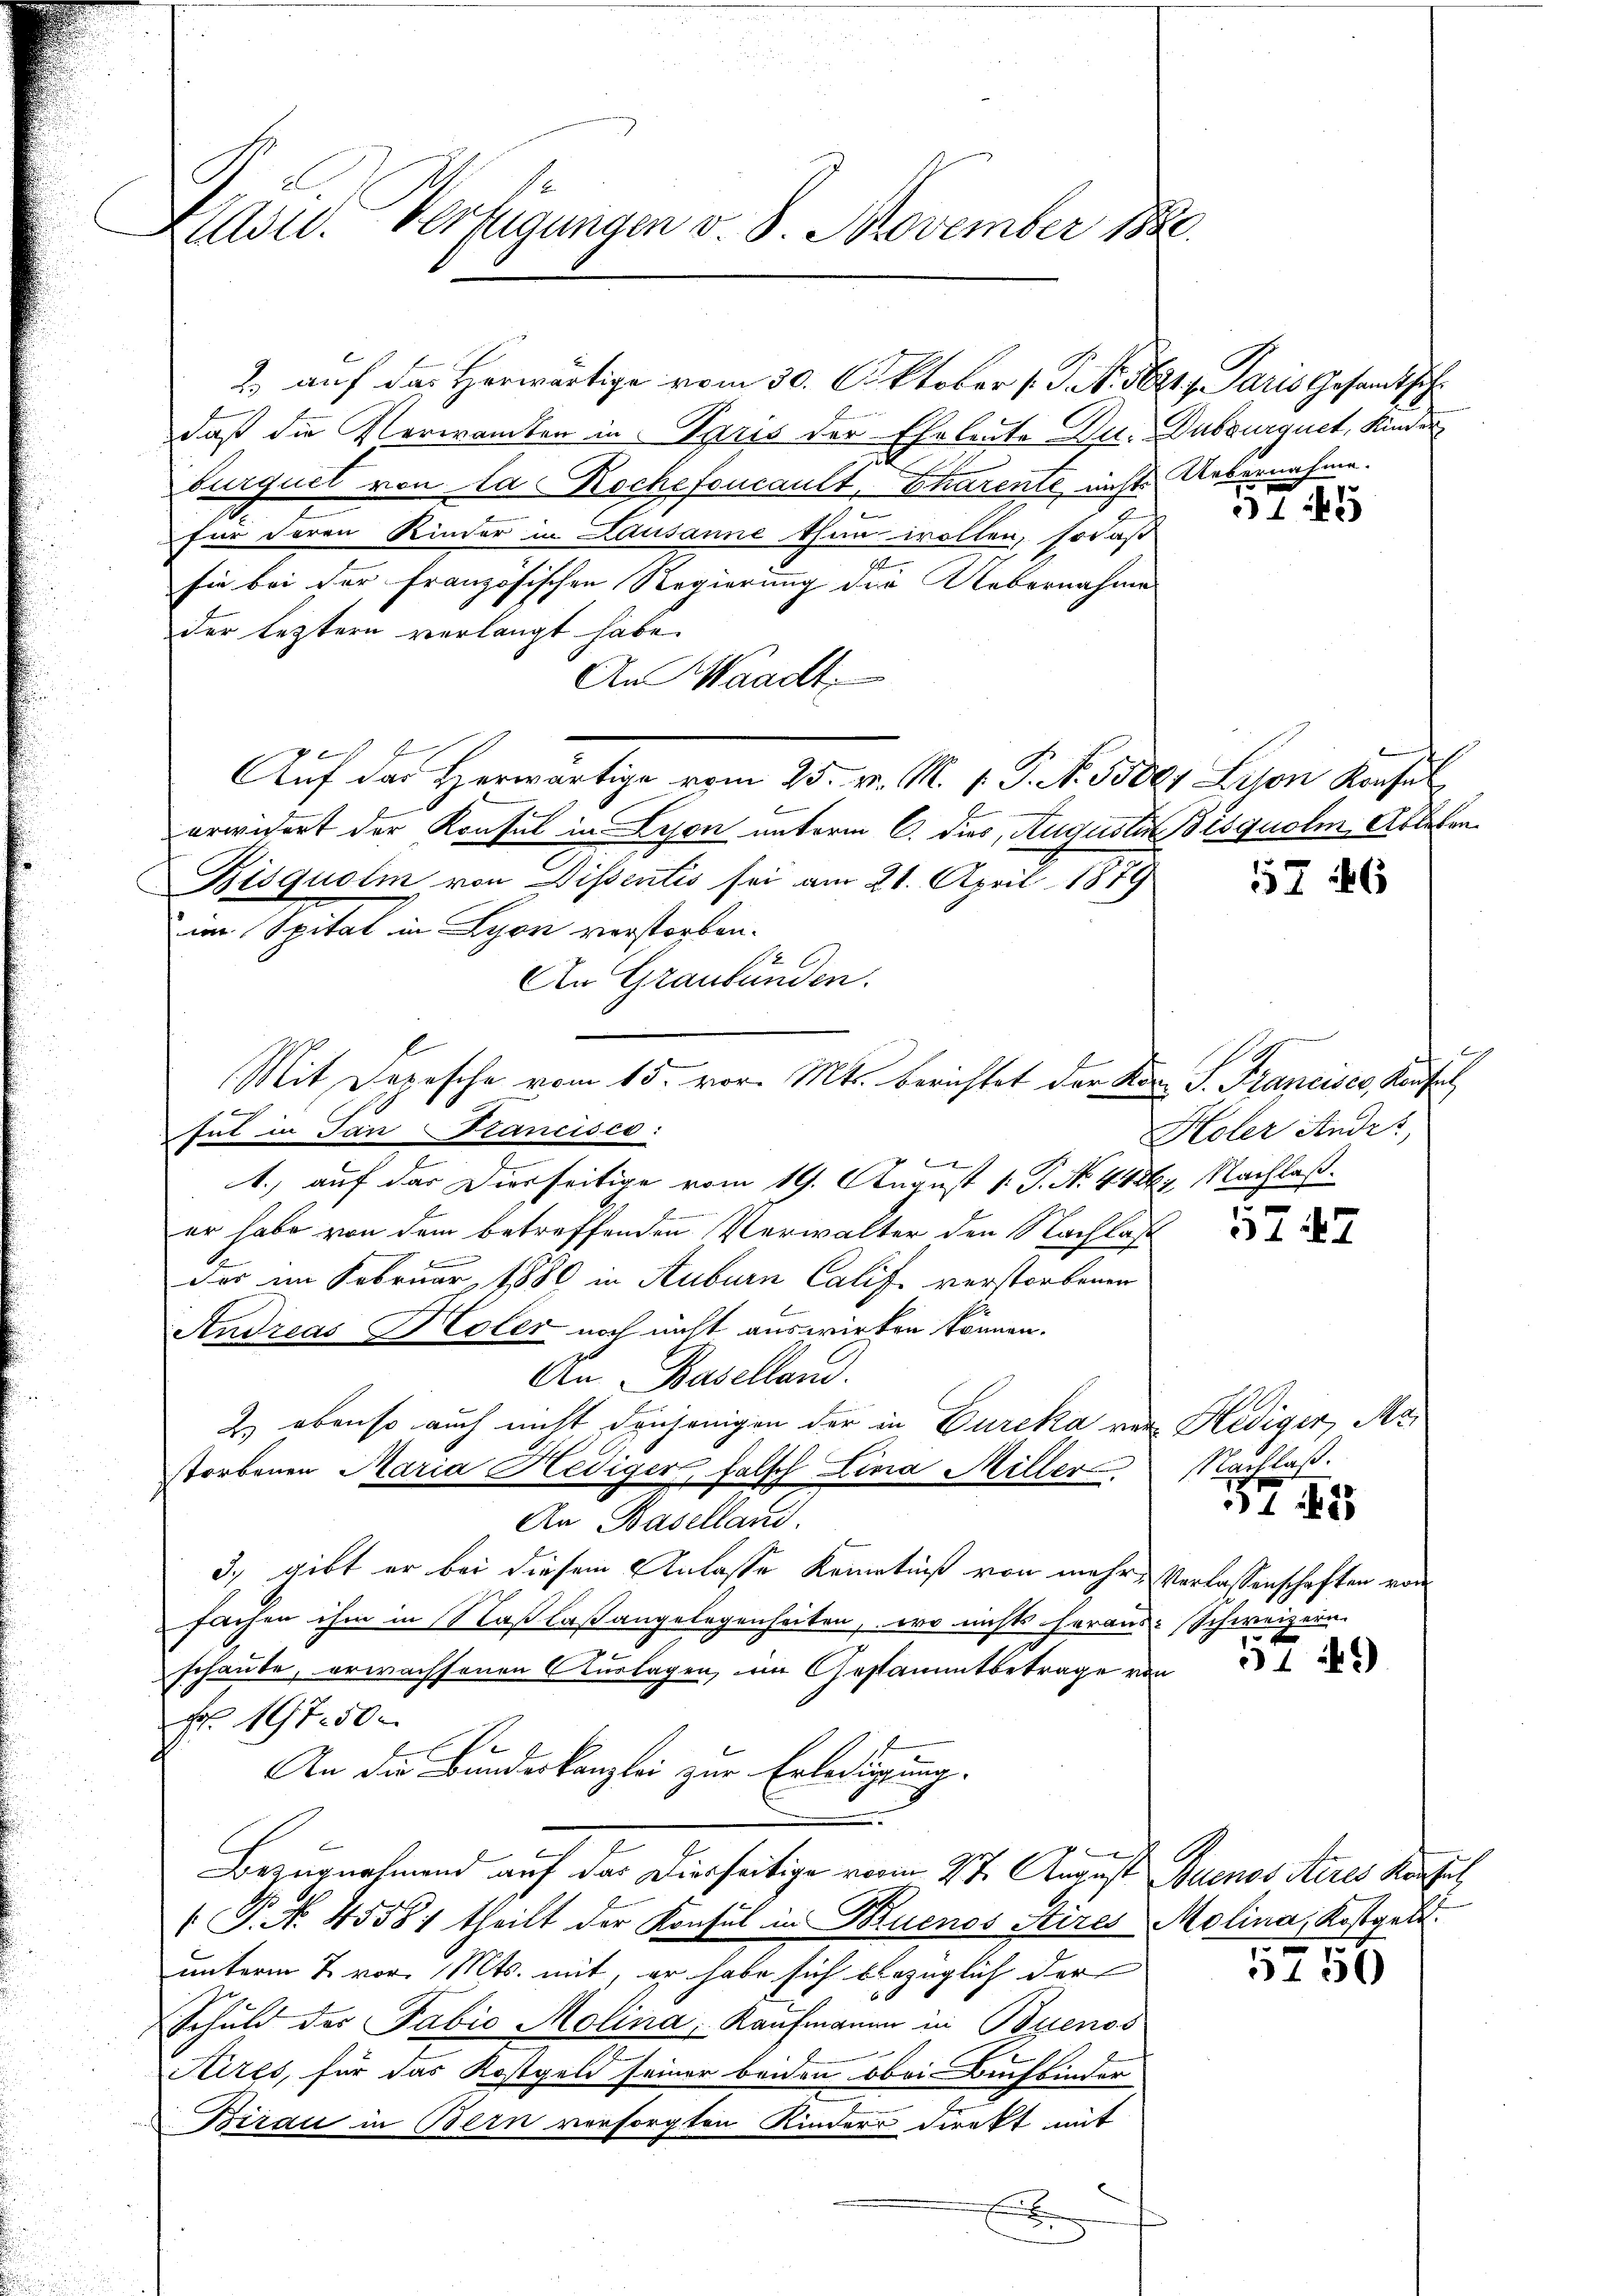
Adw. Verfügungen v. 8. November 1888.

2.) auf das Herwärtige vom 30. Oktober 1. No. 1821. Paris Gesamtsch
daß die Verwandten in Paris der Eheleute Du. Dubourquet, Kinder
burquet von la Rochefoncault, Tharente nicht Uebernahme.
für deren Kinder in Lausanne thun wollen, sodaß
u
sie bei der französischen Regierung der Uebernahme
der leztern verlangt habe.
An Waadt
Auf der Herwärtige vom 25. v. M. v. P. N. 5500. Lesen Konsul
erwidert der Konsul in Lesen unterm 6. dies, Augustin Bisquolm, Ableben
Bisquolm von Dissentis sei am 21. April 1879
im Spital in Lyon verstorben.
2
An Graubünden.
Mit Depesche vom 15. vor. Mts. Berichtet der Korn S. Franciser, Kaufal
2
1.) auf der Dierseitige vom 19. August v. J. N. 4426. Nachlaßer habe von dem betreffenden Verwalter den Nachlaß
n
Das im Februar 1880 in Auburn Calif verstorbenen
Andreas Holer noch nicht auswirken können.
An Baselland.
2) ebenso auch nicht denjenigen der in Eureka von Hediger, Ma
storbenen Maria Hediger, falsch Lina Miller
An Baselland.
3, gibt er bei diesem Anlasse Kenntniß von mehr Verlassenschaften von
fachen ihm in Saßlaßangelegenheiten, wo nichts heraus: Schweizern.

schaute, erwachsenen Auslagen, im Gestammtbetrage von
Fr. 197. 50
An die Bundeskanzlei zur Erledigung.
4
Bezugnahmend auf das Diesseitige vom 27. August Buenos Aires Konzes
 P. No. 45581 theilt der Konsul in Buenos Aires Molina, Kostgelt.
unterm 2. vor. Mts. mit, er habe sich bezüglich der
Schuld der Fabio Molina, Kaufmanne in Buenos
Aires, für das Kostgeld seiner beiden obei Buchbinden
Birau in Bern versorgten Kinders direkt mit
x

hut in Tantancisco:

15

5746

g
Holer Andr

57. 47

Nachlaß.

37

5750